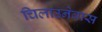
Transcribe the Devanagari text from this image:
चिलाउनेबास